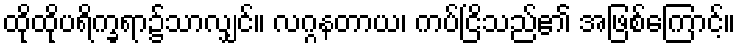
ထိုထိုပရိက္ခရာ၌သာလျှင်။ လဂ္ဂနတာယ၊ ကပ်ငြိသည်၏ အဖြစ်ကြောင့်။